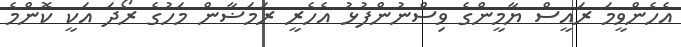
އެހެންވީމަ ރައީސް ޔާމީންގެ ވިސްނުންފުޅު އެހެރީ ރަމަޟާން މަހުގެ ރޯދަ އަކީ ކޮންމެ